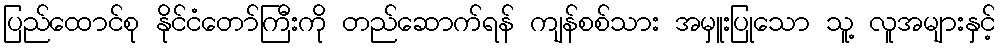
ပြည်ထောင်စု နိုင်ငံတော်ကြီးကို တည်ဆောက်ရန် ကျန်စစ်သား အမှူးပြုသော သူ့ လူအများနှင့်